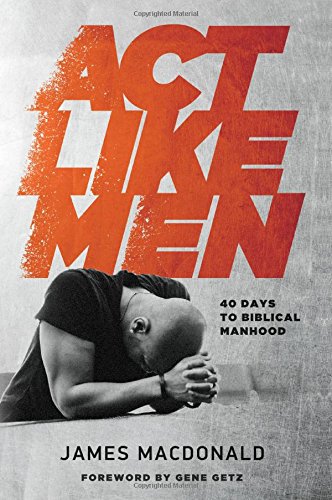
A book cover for Act Like Men: 40 Days to Biblical Manhood; James MacDonald; Christian Books & Bibles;